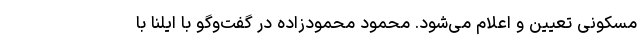
مسکونی تعیین و اعلام می‌شود. محمود محمودزاده در گفت‌وگو با ایلنا با